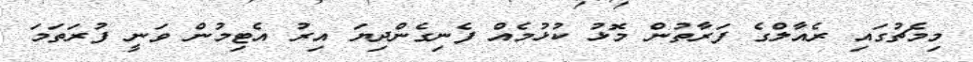
މިމެޗުގައި ރެއާލްގެ ފަރާތުން މޮޅު ކުޅުމެއް ފެނިގެންދިޔަ އިރު އެޓިމުން ވަނީ ފުރަތަމަ